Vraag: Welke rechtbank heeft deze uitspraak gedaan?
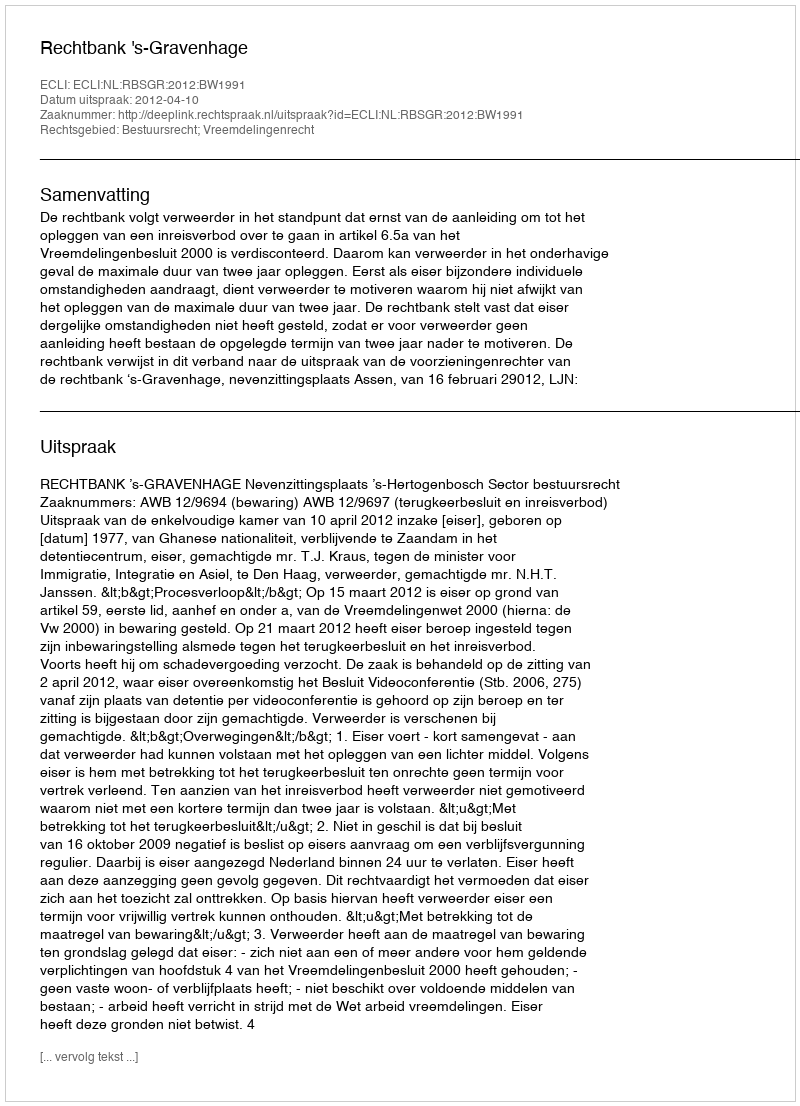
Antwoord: Rechtbank 's-Gravenhage